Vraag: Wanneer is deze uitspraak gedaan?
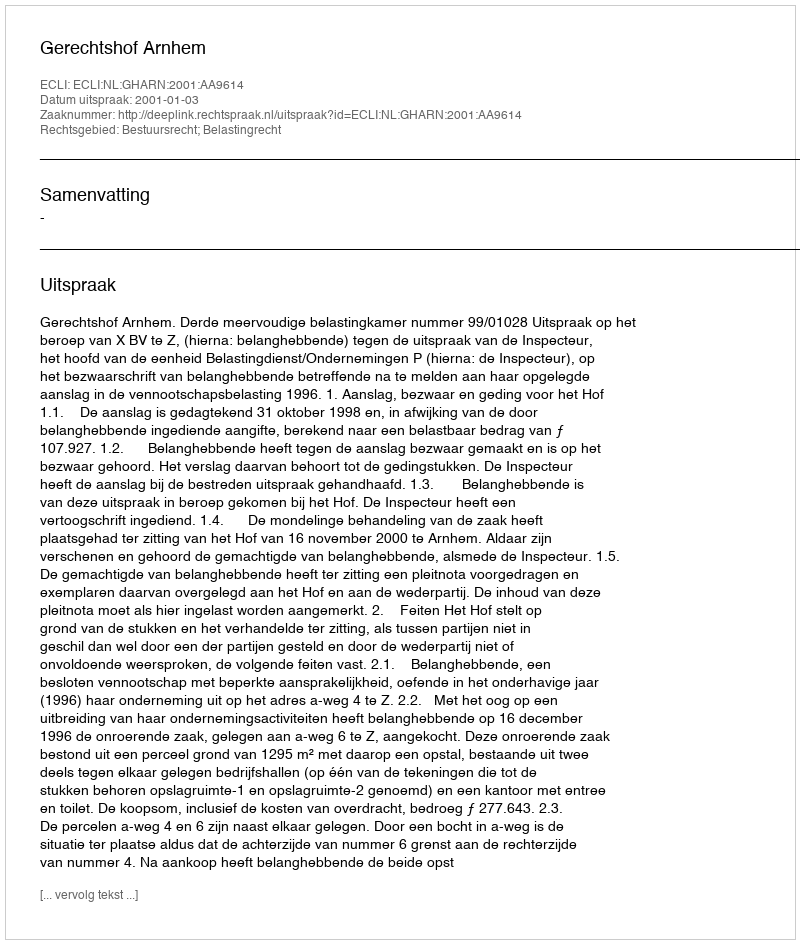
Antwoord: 2001-01-03